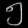
Digit: ၅